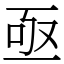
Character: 亟